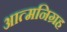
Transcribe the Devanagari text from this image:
आत्मनिग्रह